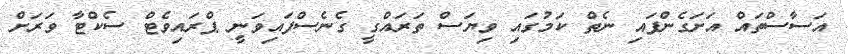
އަސާސްތައް އަށަގެންފައި ނެތް ކަމުގައި ވިޔަސް ތަރައްގީ ގެނެސްފައިވަނީ ޕްރައިވެޓް ސެކްޓާ ވަރަށް